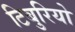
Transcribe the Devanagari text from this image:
टिबुरियो